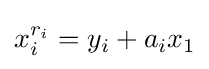
x_{i}^{r_{i}}=y_{i}+a_{i}x_{1}